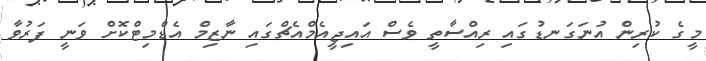
މީގެ ކުރިން އުނަގަނޑުގައި ރިއްސާތީ ވެސް އައިޖީއެމްއެޗްގައި ނާޒިމް އެޑްމިޓްކޮށް ވަނީ ފަރުވާ